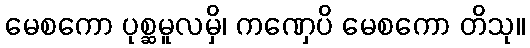
မေစကော ပုစ္ဆမူလမှိ၊ ကဏှေပိ မေစကော တိသု။